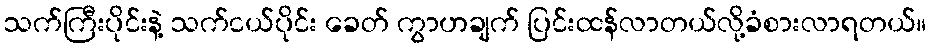
သက်ကြီးပိုင်းနဲ့ သက်ငယ်ပိုင်း ခေတ် ကွာဟချက် ပြင်းထန်လာတယ်လို့ခံစားလာရတယ်။